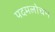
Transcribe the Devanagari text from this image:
पदमलोचन